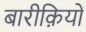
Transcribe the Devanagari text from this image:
बारीक़ियों